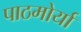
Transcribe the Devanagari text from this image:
पाठमोर्या